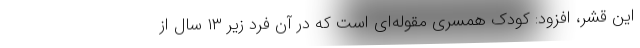
این قشر، افزود: کودک همسری مقوله‌ای است که در آن فرد زیر ۱۳ سال از